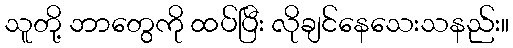
သူတို့ ဘာတွေကို ထပ်ပြီး လိုချင်နေသေးသနည်း။